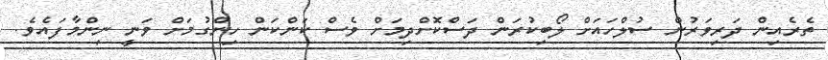
ތެރެއިން ދަރިވަރުން ސުލްހައަށް ލޯބިކުރަން ދަސްކޮށްދިމަށް ވެސް ކަންކަން ހިންގުމަށް ވަނީ ނިންމާފައެވެ.